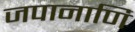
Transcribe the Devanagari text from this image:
जपानाणि